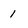
Character: 1